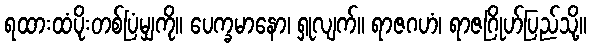
ရထားထံပိုးတစ်ပြံမျှကို။ ပေက္ခမာနော၊ ရှုလျက်။ ရာဇဂဟံ၊ ရာဇဂြိုဟ်ပြည်သို့။